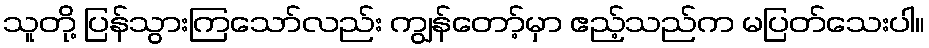
သူတို့ ပြန်သွားကြသော်လည်း ကျွန်တော့်မှာ ဧည့်သည်က မပြတ်သေးပါ။